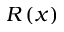
R \left( x \right)